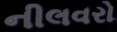
નીલવરો